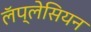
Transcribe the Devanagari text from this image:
लॅप्लेसियन